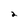
Character: 2